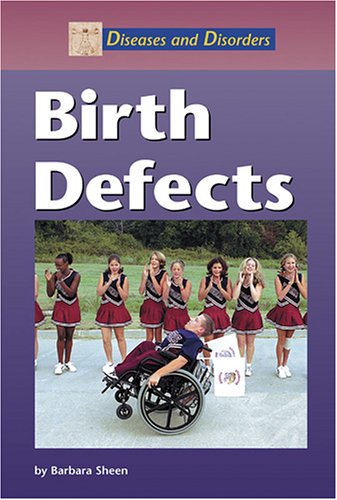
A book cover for Diseases and Disorders - Birth Defects; Barbara Sheen; Teen & Young Adult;